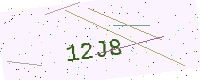
Text: 12J8